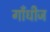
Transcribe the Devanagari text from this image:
गाँधीज